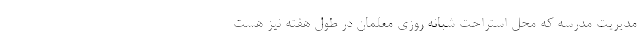
مدیریت مدرسه که محل استراحت شبانه روزی معلمان در طول هفته نیز هست